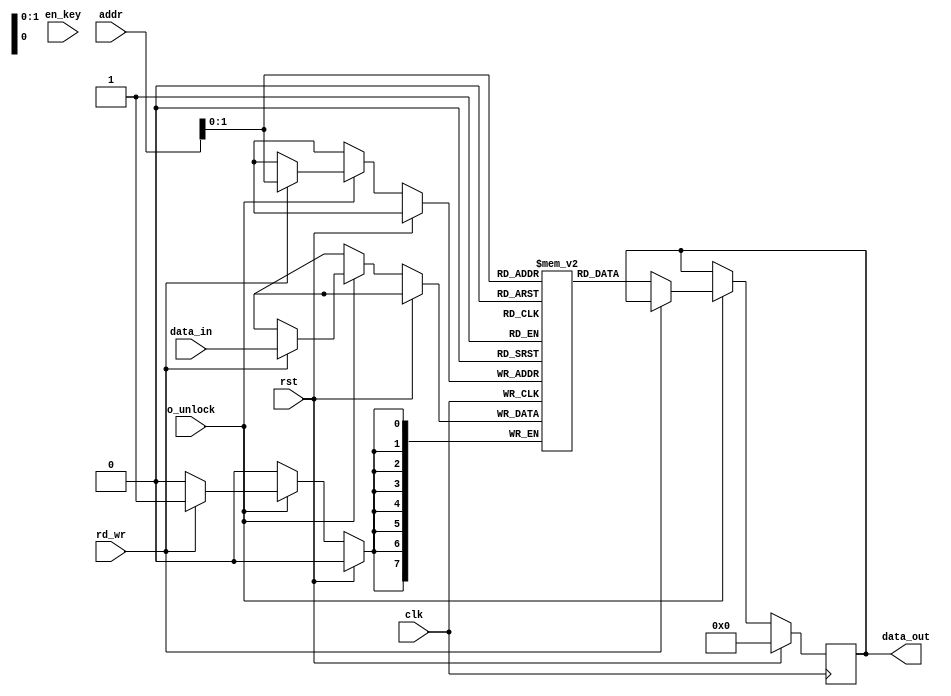
module mem_mem(
input [7:0] data_in,
input [3:0] addr,
input o_unlock,
input rd_wr,
input en_key,
input clk,
input rst,
output reg [7:0] data_out);

reg [7:0] file_reg [3:0];

always@(posedge clk)
begin
if(rst)
	begin
	data_out <= 8'h00;
	end
else
	begin
		if(o_unlock)
			begin
				if(!rd_wr)
					begin
					data_out <= file_reg[addr];
					end
				else
					begin
					file_reg[addr]<= data_in;
					end
			end
		else
			begin
				data_out <= data_out;
			end
	end
end

endmodule